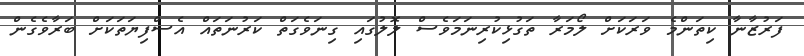
ފަރުޒާނާ ކިތަންމެ ވަރަކަށް ލޯމަރާ ތަގުޅިކުރިނަމަވެސް ލޮލުގައި ގިނަވެގަތް ކަރުނަތައް އެސްފިޔަތަކަށް ބަރާވެގެން